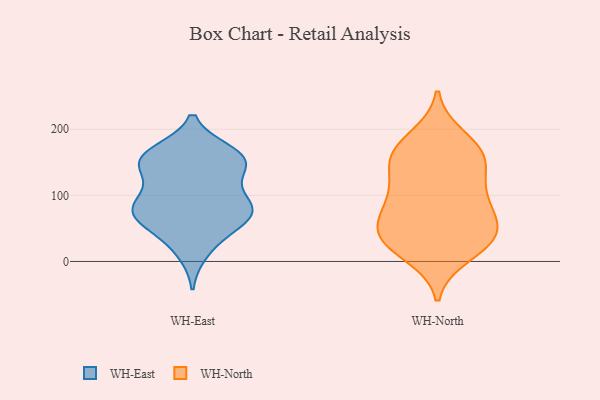
{"axis": {"x": "LTV (USD)", "y": "Value"}, "legend": ["WH-East", "WH-North"], "data": [{"x": "", "y": 115, "type": "WH-East"}, {"x": "", "y": 160, "type": "WH-East"}, {"x": "", "y": 68, "type": "WH-East"}, {"x": "", "y": 89, "type": "WH-East"}, {"x": "", "y": 152, "type": "WH-East"}, {"x": "", "y": 145, "type": "WH-East"}, {"x": "", "y": 82, "type": "WH-East"}, {"x": "", "y": 70, "type": "WH-East"}, {"x": "", "y": 34, "type": "WH-East"}, {"x": "", "y": 64, "type": "WH-East"}, {"x": "", "y": 159, "type": "WH-East"}, {"x": "", "y": 146, "type": "WH-East"}, {"x": "", "y": 80, "type": "WH-East"}, {"x": "", "y": 151, "type": "WH-East"}, {"x": "", "y": 64, "type": "WH-East"}, {"x": "", "y": 14, "type": "WH-East"}, {"x": "", "y": 165, "type": "WH-East"}, {"x": "", "y": 91, "type": "WH-East"}, {"x": "", "y": 43, "type": "WH-North"}, {"x": "", "y": 82, "type": "WH-North"}, {"x": "", "y": 147, "type": "WH-North"}, {"x": "", "y": 104, "type": "WH-North"}, {"x": "", "y": 142, "type": "WH-North"}, {"x": "", "y": 42, "type": "WH-North"}, {"x": "", "y": 11, "type": "WH-North"}, {"x": "", "y": 160, "type": "WH-North"}, {"x": "", "y": 87, "type": "WH-North"}, {"x": "", "y": 187, "type": "WH-North"}, {"x": "", "y": 51, "type": "WH-North"}, {"x": "", "y": 45, "type": "WH-North"}, {"x": "", "y": 27, "type": "WH-North"}, {"x": "", "y": 29, "type": "WH-North"}, {"x": "", "y": 168, "type": "WH-North"}, {"x": "", "y": 100, "type": "WH-North"}, {"x": "", "y": 165, "type": "WH-North"}]}